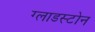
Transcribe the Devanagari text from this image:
ग्लाडस्टोन